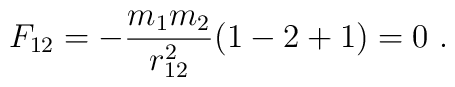
F_{12} = - \frac{m_1 m_2}{r_{12}^2} (1 -2+1) =0 \ .